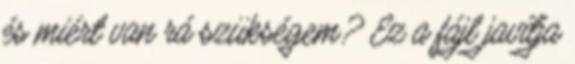
és miért van rá szükségem? Ez a fájl javítja